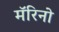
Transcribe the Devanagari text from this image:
मॅरिनो